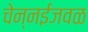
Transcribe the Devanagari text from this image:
चेन्‍नईजवळ